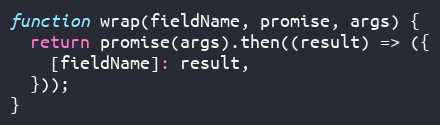
Language: JavaScript
function wrap(fieldName, promise, args) {
  return promise(args).then((result) => ({
    [fieldName]: result,
  }));
}